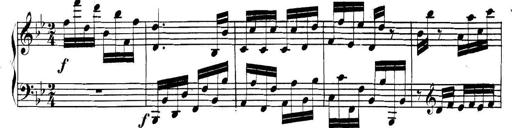
Title: Collected Piano Sonatas
Composer: Muzio Clementi